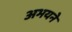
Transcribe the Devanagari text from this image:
अभयने